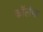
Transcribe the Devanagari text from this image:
कॉर्लफ